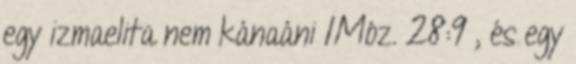
egy izmaelita nem kánaáni 1Móz. 28:9 , és egy